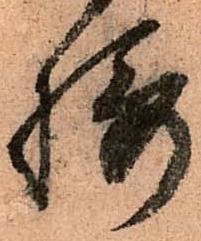
摂